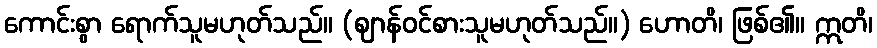
ကောင်းစွာ ရောက်သူမဟုတ်သည်။ (ဈာန်ဝင်စားသူမဟုတ်သည်။) ဟောတိ၊ ဖြစ်၏။ ဣတိ၊